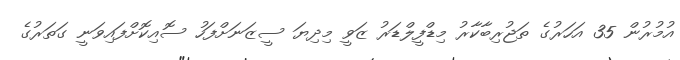
އުމުރުން 35 އަހަރުގެ ތަޖުރިބާކާރު މިޑްފީލްޑަރު ޒަވީ މިދިޔަ ސީޒަނަށްފަހު ސޮއިކޮށްފައިވަނީ ގަތަރުގެ